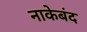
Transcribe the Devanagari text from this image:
नाकेबंद